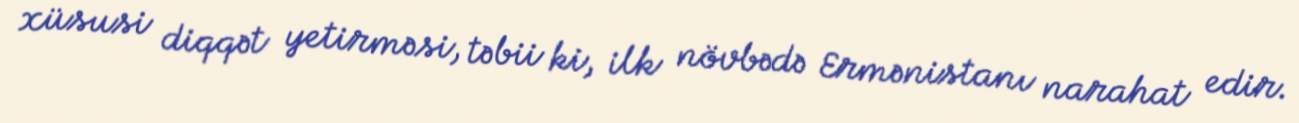
xüsusi diqqət yetirməsi, təbii ki, ilk növbədə Ermənistanı narahat edir.